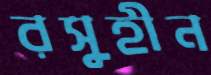
রসুহীন